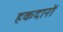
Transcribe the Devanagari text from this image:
हकदारों